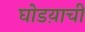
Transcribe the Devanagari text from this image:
घोडय़ाची